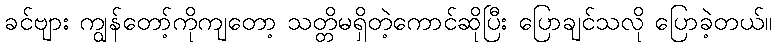
ခင်ဗျား ကျွန်တော့်ကိုကျတော့ သတ္တိမရှိတဲ့ကောင်ဆိုပြီး ပြောချင်သလို ပြောခဲ့တယ်။